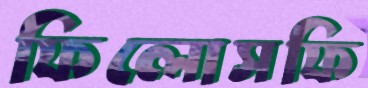
ফিলোসফি